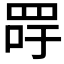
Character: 𦊯